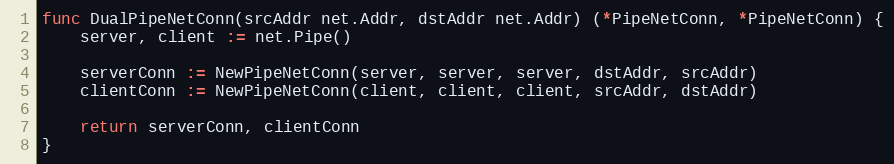
Language: Go
func DualPipeNetConn(srcAddr net.Addr, dstAddr net.Addr) (*PipeNetConn, *PipeNetConn) {
	server, client := net.Pipe()

	serverConn := NewPipeNetConn(server, server, server, dstAddr, srcAddr)
	clientConn := NewPipeNetConn(client, client, client, srcAddr, dstAddr)

	return serverConn, clientConn
}